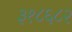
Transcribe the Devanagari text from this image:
३१८६८२